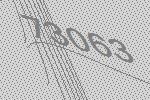
73063